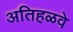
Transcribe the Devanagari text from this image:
अतिहळवे